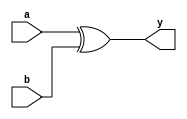
module Xor_gate(a,b,y);
 input a,b;
 output y;
 assign y=a^b;
endmodule
module testbench_xorg;
 reg a,b;wire y;
 Xor_gate Xorg(a,b,y);
 initial begin
  $display($time,"a=%b,b=%b,y=%b",a,b,y);
  #10 a=0;b=0;
  #10 a=0;b=1;
  #10 a=1;b=0;
  #10 a=1;b=1;
  #10 $finish;
end
endmodule